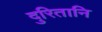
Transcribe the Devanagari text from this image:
दुरितानि